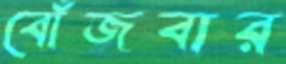
বোঁজবার